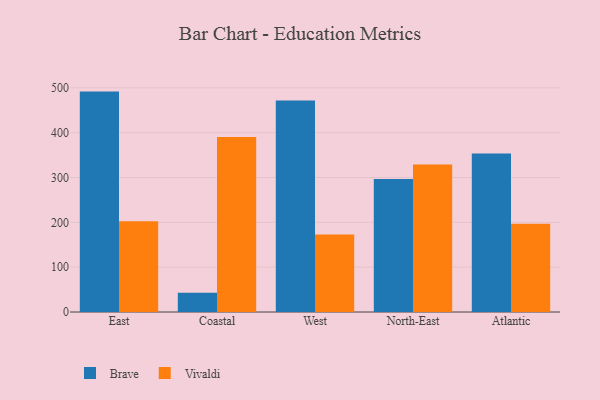
{"axis": {"x": "Region", "y": "Tickets Resolved"}, "legend": ["Brave", "Vivaldi"], "data": [{"x": "East", "y": 491.6, "type": "Brave"}, {"x": "East", "y": 202.5, "type": "Vivaldi"}, {"x": "Coastal", "y": 42.7, "type": "Brave"}, {"x": "Coastal", "y": 390.6, "type": "Vivaldi"}, {"x": "West", "y": 471.6, "type": "Brave"}, {"x": "West", "y": 172.7, "type": "Vivaldi"}, {"x": "North-East", "y": 296.4, "type": "Brave"}, {"x": "North-East", "y": 328.9, "type": "Vivaldi"}, {"x": "Atlantic", "y": 353.4, "type": "Brave"}, {"x": "Atlantic", "y": 196.9, "type": "Vivaldi"}]}